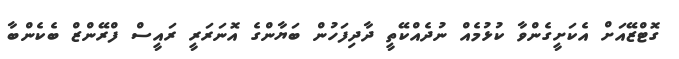
ގޮޓްޒޭއަށް އެކަށީގެންވާ ކުޅުމެއް ނުދެއްކޭތީ ދާދިފަހުން ބަޔާންގެ އޮނަރަރީ ރައީސް ފްރޭންޒް ބެކެންބާ